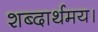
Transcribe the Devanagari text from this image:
शब्दार्थमय।